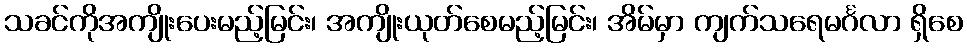
သခင်ကိုအကျိုးပေးမည့်မြင်း၊ အကျိုးယုတ်စေမည့်မြင်း၊ အိမ်မှာ ကျက်သရေမင်္ဂလာ ရှိစေ